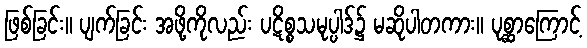
ဖြစ်ခြင်း။ ပျက်ခြင်း အဖို့ကိုလည်း ပဋိစ္စသမုပ္ပါဒ်၌ မဆိုပါတကား။ ပုစ္ဆာကြောင့်